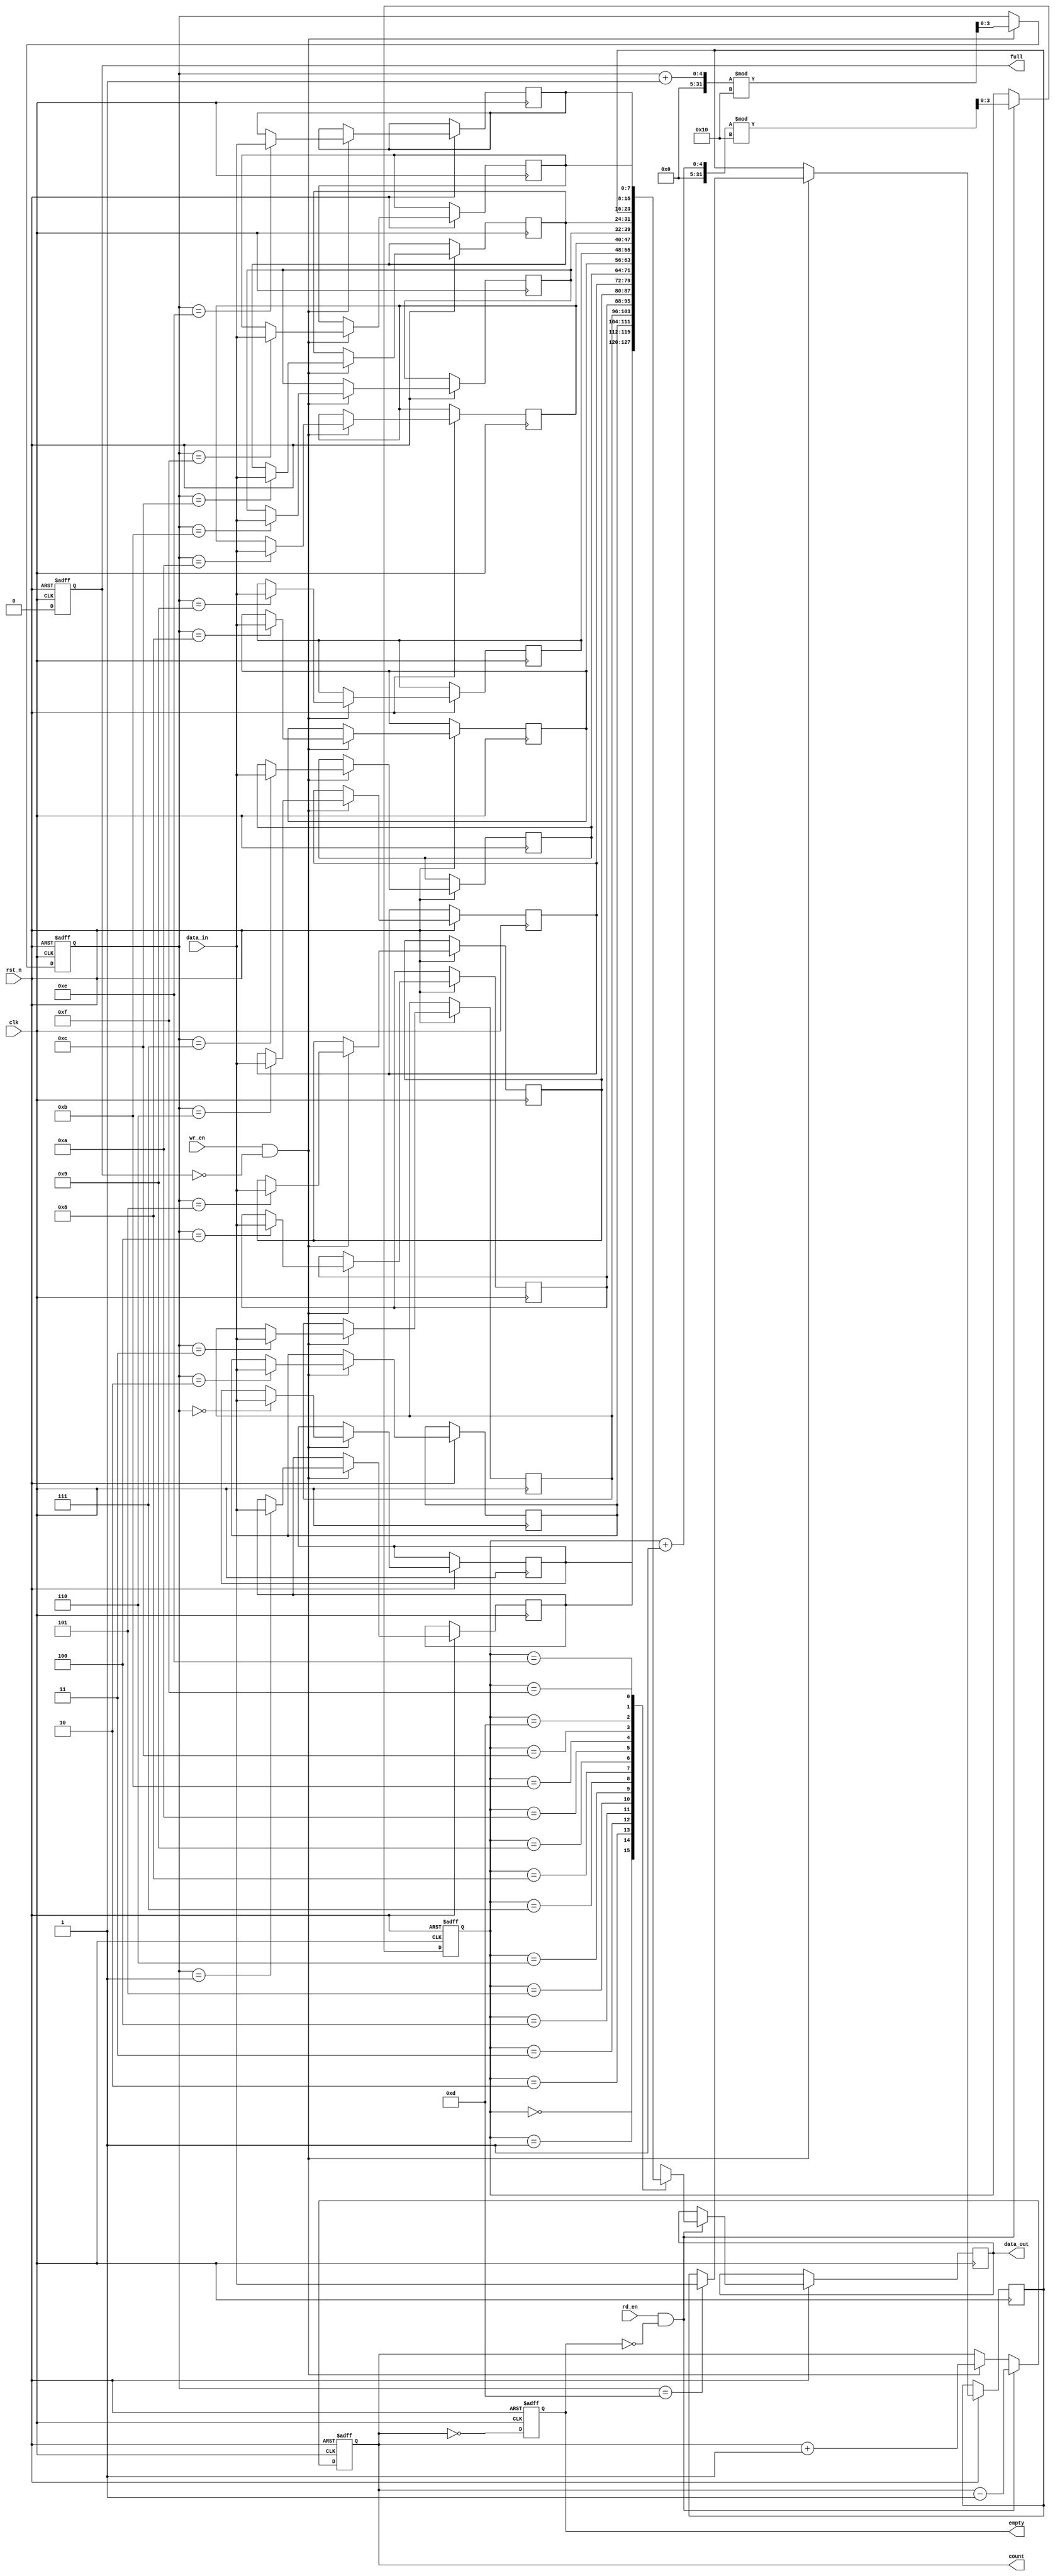
module parameterized_fifo #(
    parameter DATA_WIDTH = 8,      // Width of the data
    parameter FIFO_DEPTH = 16       // Depth of the FIFO
)(
    input wire clk,                 // Clock signal
    input wire rst_n,               // Asynchronous reset (active low)
    input wire wr_en,               // Write enable
    input wire rd_en,               // Read enable
    input wire [DATA_WIDTH-1:0] data_in, // Data input
    output reg [DATA_WIDTH-1:0] data_out, // Data output
    output reg full,                // Full status flag
    output reg empty,               // Empty status flag
    output reg [clog2(FIFO_DEPTH)-1:0] count // Current count of entries
);

    // Memory array declaration
    reg [DATA_WIDTH-1:0] fifo_mem [0:FIFO_DEPTH-1];
    
    // Pointer declarations
    reg [clog2(FIFO_DEPTH)-1:0] wr_ptr; // Write pointer
    reg [clog2(FIFO_DEPTH)-1:0] rd_ptr; // Read pointer

    // Count of entries in the FIFO
    always @(posedge clk or negedge rst_n) begin
        if (!rst_n) begin
            wr_ptr <= 0;
            rd_ptr <= 0;
            count <= 0;
            full <= 0;
            empty <= 1;
        end else begin
            // Write operation
            if (wr_en && !full) begin
                fifo_mem[wr_ptr] <= data_in;  // Store data
                wr_ptr <= (wr_ptr + 1) % FIFO_DEPTH; // Increment write pointer
                count <= count + 1; // Increment count
            end

            // Read operation
            if (rd_en && !empty) begin
                data_out <= fifo_mem[rd_ptr]; // Retrieve data
                rd_ptr <= (rd_ptr + 1) % FIFO_DEPTH; // Increment read pointer
                count <= count - 1; // Decrement count
            end

            // Update full and empty flags
            full <= (count == FIFO_DEPTH);
            empty <= (count == 0);
        end
    end

    // Function to calculate log2
    function integer clog2;
        input integer value;
        begin
            value = value - 1;
            for (clog2 = 0; value > 0; clog2 = clog2 + 1)
                value = value >> 1;
        end
    endfunction

endmodule